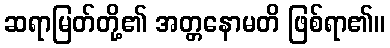
ဆရာမြတ်တို့၏ အတ္တနောမတိ ဖြစ်ရာ၏။